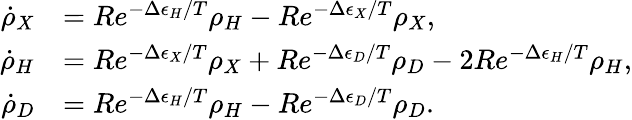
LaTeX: \begin{array}{rl}{\dot{\rho}_{X}}&{=Re^{-\Delta\epsilon_{H}/T}\rho_{H}-Re^{-\Delta\epsilon_{X}/T}\rho_{X},}\\ {\dot{\rho}_{H}}&{=Re^{-\Delta\epsilon_{X}/T}\rho_{X}+Re^{-\Delta\epsilon_{D}/T}\rho_{D}-2Re^{-\Delta\epsilon_{H}/T}\rho_{H},}\\ {\dot{\rho}_{D}}&{=Re^{-\Delta\epsilon_{H}/T}\rho_{H}-Re^{-\Delta\epsilon_{D}/T}\rho_{D}.}\end{array}